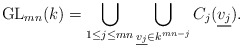
\begin{align*}\mathrm{GL}_{mn}(k)=\bigcup \limits_{1\leq j \leq mn}\bigcup \limits_{\underline{v_j}\in k^{mn-j}}C_j(\underline{v_j}).\end{align*}